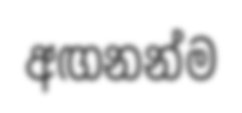
අඟනන්ම